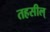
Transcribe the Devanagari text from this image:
तहसील्